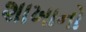
શાખાનો